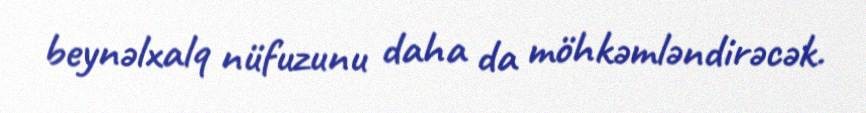
beynəlxalq nüfuzunu daha da möhkəmləndirəcək.